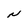
Character: N